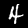
Label: 4